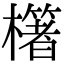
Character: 櫡